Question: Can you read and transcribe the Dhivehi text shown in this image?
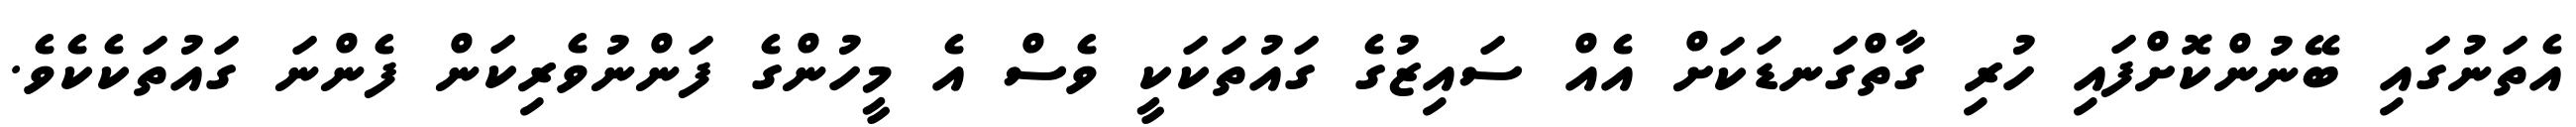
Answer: އެތަނުގައި ބޭނުންކޮށްފައި ހުރި ގާތްގަނޑަކަށް އެއް ސައިޒުގެ ގައުތަކަކީ ވެސް އެ މީހުންގެ ފަންނުވެރިކަން ފެންނަ ގައުތަކެކެވެ.